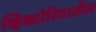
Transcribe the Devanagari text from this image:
व्हिक्टोरियातील